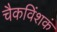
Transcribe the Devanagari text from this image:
चैकविंशकं